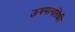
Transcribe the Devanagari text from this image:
ऊषमागतिकी